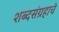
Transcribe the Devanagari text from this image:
शब्दसंग्रहाचे